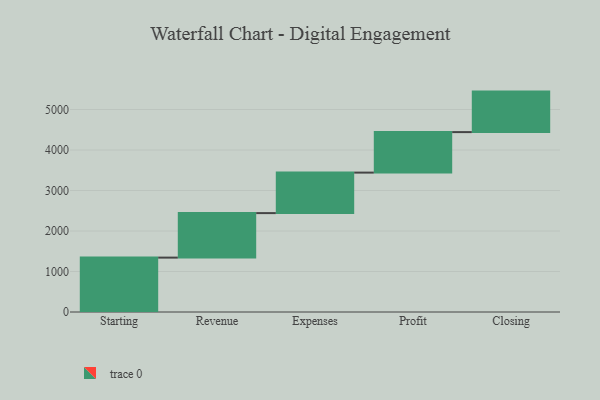
{"axis": {"x": "Step", "y": "Value"}, "legend": [""], "data": [{"x": "Starting", "y": 1343.0, "type": ""}, {"x": "Revenue", "y": 1099.0, "type": ""}, {"x": "Expenses", "y": 1000, "type": ""}, {"x": "Profit", "y": 1000, "type": ""}, {"x": "Closing", "y": 1000, "type": ""}]}